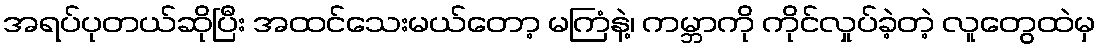
အရပ်ပုတယ်ဆိုပြီး အထင်သေးမယ်တော့ မကြံနဲ့၊ ကမ္ဘာကို ကိုင်လှုပ်ခဲ့တဲ့ လူတွေထဲမှ